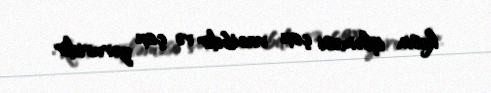
kəsin işləməsi çox vacibdir və çox zəruridir.